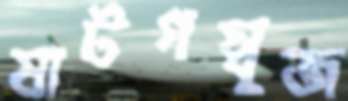
ষাটগম্বুজ